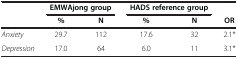
<table><thead><tr><td><b> </b></td><td colspan="2"><b>EMWAjong group</b></td><td colspan="2"><b>HADS reference group</b></td><td><b> </b></td></tr><tr><td><b> </b></td><td><b>%</b></td><td><b>N</b></td><td><b>%</b></td><td><b>N</b></td><td><b>OR</b></td></tr></thead><tbody><tr><td><i>Anxiety</i></td><td>29.7</td><td>112</td><td>17.6</td><td>32</td><td>2.1*</td></tr><tr><td><i>Depression</i></td><td>17.0</td><td>64</td><td>6.0</td><td>11</td><td>3.1*</td></tr></tbody></table>